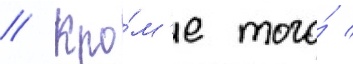
// Кро́м'е того́ /